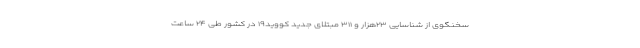
سخنگوی از شناسایی ۲۳هزار و ۳۱۱ مبتلای جدید کووید۱۹ در کشور طی ۲۴ ساعت